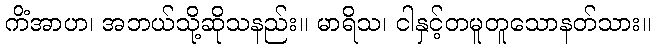
ကိံအာဟ၊ အဘယ်သို့ဆိုသနည်း။ မာရိသ၊ ငါနှင့်တမူတူသောနတ်သား။